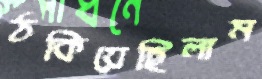
ঠকিয়েছিলাম